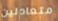
متعادلين